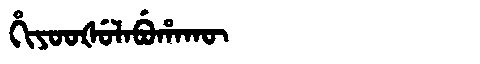
Manchu: ᡥᡳᠶᠣᠣᡧᡠᠯᠠᠪᡠᡥᠠᡴᡡ
Romanization: HIYOOŠULABUHAKŪ